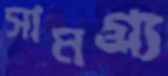
সামগ্র্য